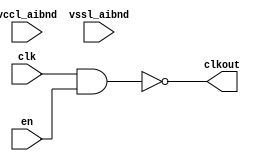
// This program was cloned from: https://github.com/chipsalliance/aib-phy-hardware
// License: Apache License 2.0

// SPDX-License-Identifier: Apache-2.0
// Copyright (C) 2019 Intel Corporation. 
// Verilog HDL and netlist files of
// "aibnd_lib aibnd_nand2 schematic"

// Netlisted models

// Library - aibnd_lib, Cell - aibnd_nand2, View - schematic
// LAST TIME SAVED: May  4 08:41:42 2015
// NETLIST TIME: May 11 08:41:16 2015
//`timescale 1ns / 1ns 

module aibnd_nand2 ( clkout, clk, en, vccl_aibnd, vssl_aibnd );

output  clkout;

input  clk, en, vccl_aibnd, vssl_aibnd;

// List of primary aliased buses

/*
specify 
    specparam CDS_LIBNAME  = "aibnd_lib";
    specparam CDS_CELLNAME = "aibnd_nand2";
    specparam CDS_VIEWNAME = "schematic";
endspecify
*/

assign clkout = ~(clk & en) ; 



endmodule


// End HDL models